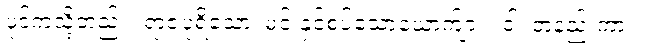
ပုဒ်ကဲ့သို့တည်း။ ရာဇပုရိသော၊ မင်းနှင့်စပ်သောယောက်ျား။ ဝါ၊ တနည်းကား။